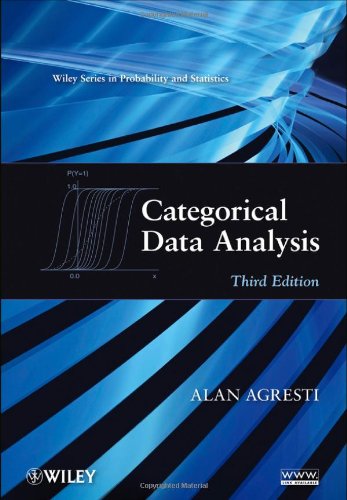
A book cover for Categorical Data Analysis; Alan Agresti; Computers & Technology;